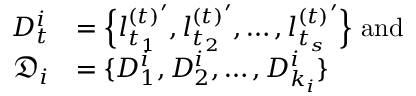
\begin{array} { r l } { D _ { t } ^ { i } } & { = \Big \{ { l _ { t _ { 1 } } ^ { ( t ) } } ^ { \prime } , { l _ { t _ { 2 } } ^ { ( t ) } } ^ { \prime } , \ldots , { l _ { t _ { s } } ^ { ( t ) } } ^ { \prime } \Big \} \mathrm { ~ a n d } } \\ { \mathfrak { D } _ { i } } & { = \{ D _ { 1 } ^ { i } , D _ { 2 } ^ { i } , \ldots , D _ { k _ { i } } ^ { i } \} } \end{array}